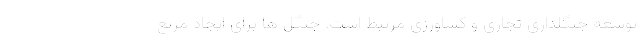
توسعه جنگلداری تجاری و کشاورزی مرتبط است. جنگل ها برای ایجاد مرتع